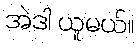
အဲဒါ ယူမယ်။